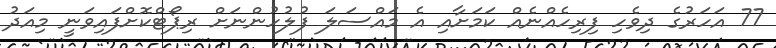
77 އަހަރުގެ ދިވެހި ފިރިހެއްނެއް ކަމަށާއި އެ މައްސަލަ ފުލުހުންނަށް ރިޕޯޓްކޮށްފައިވަނީ މިއަދު